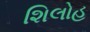
શિલોહ